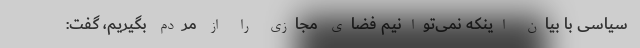
سیاسی با بیان اینکه نمی‌توانیم فضای مجازی را از مردم بگیریم، گفت: